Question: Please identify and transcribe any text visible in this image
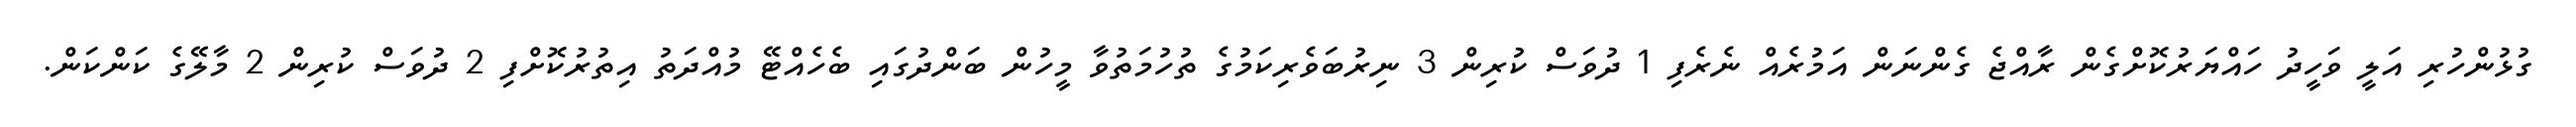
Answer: ގުޅުންހުރި އަލީ ވަހީދު ހައްޔަރުކޮށްގެން ރާއްޖެ ގެންނަން އަމުރެއް ނެރެފި 1 ދުވަސް ކުރިން 3 ނިރުބަވެރިކަމުގެ ތުހުމަތުވާ މީހުން ބަންދުގައި ބެހެއްޓޭ މުއްދަތު އިތުރުކޮށްފި 2 ދުވަސް ކުރިން 2 މާލޭގެ ކަންކަން.